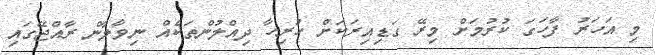
މި އަހަރު ފާހަގަ ކުރުމަށް މިރޭ ގަޑިއިރަކަށް ހުރިހާ ދިއްލުންތަކެއް ނިވާލާން ރާއްޖޭގައި